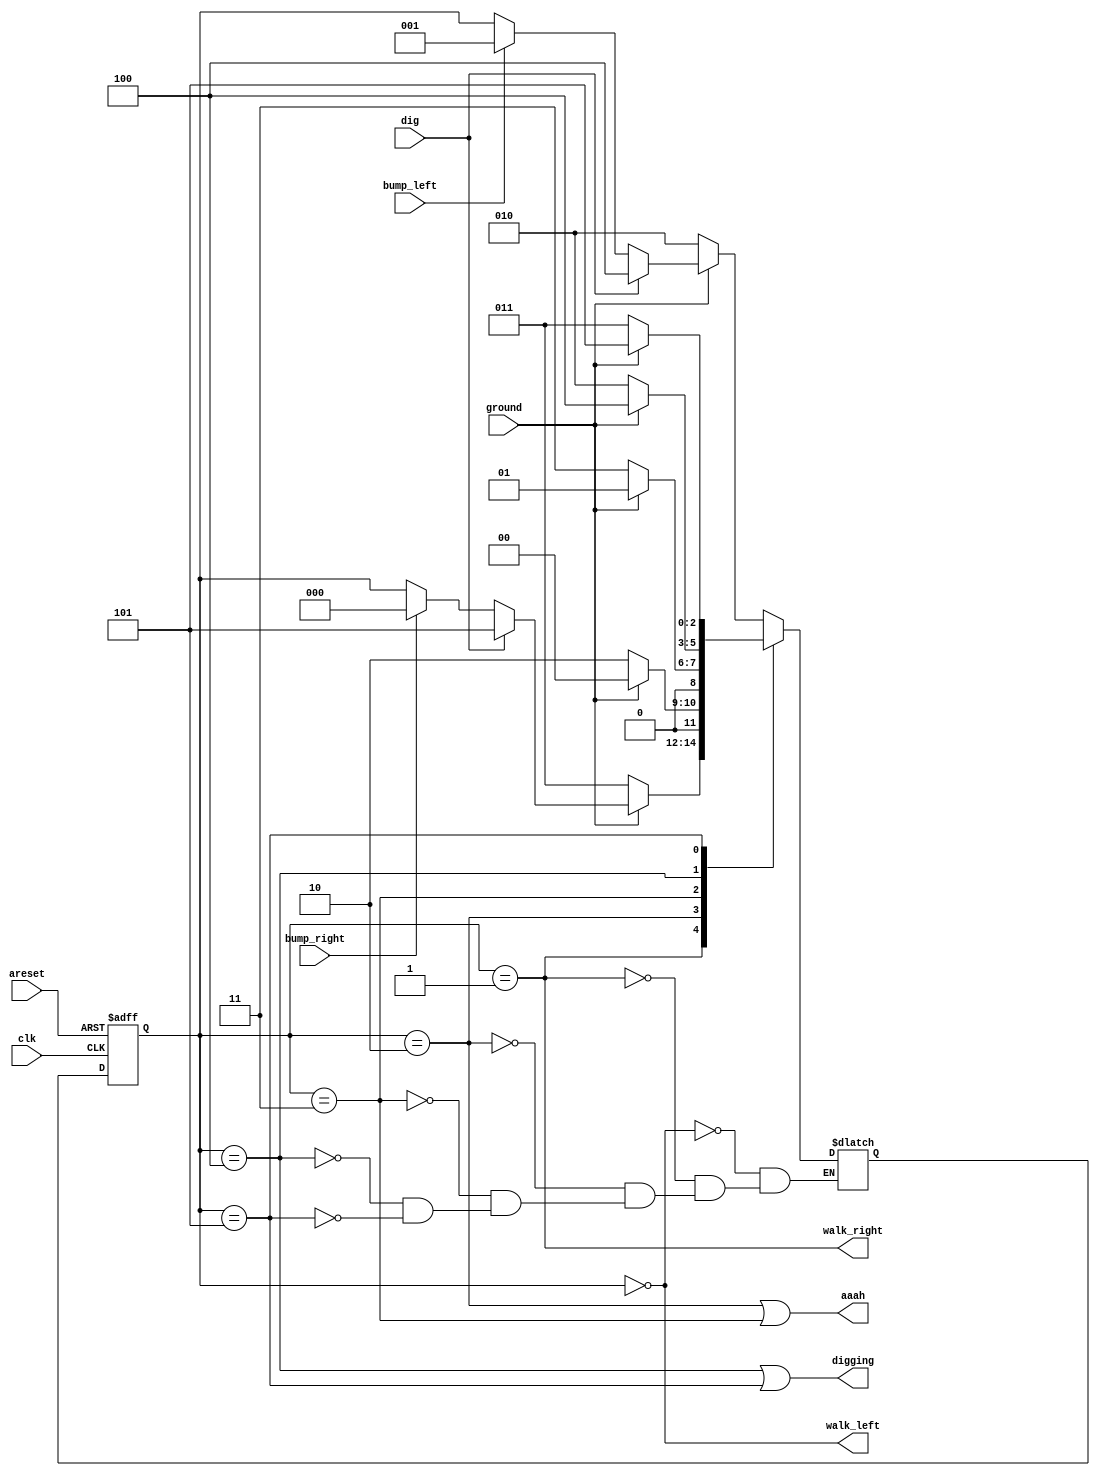
module top_module(
    input clk,
    input areset,    // Freshly brainwashed Lemmings walk left.
    input bump_left,
    input bump_right,
    input ground,
    input dig,
    output walk_left,
    output walk_right,
    output aaah,
    output digging ); 
    
  
  //
  //LF = go left
  //RT = go right
  //LFD= down left
  //RTD= down right
  //LFG= dig left
  //RTG= dig right
  
    parameter LF=0,RT=1,LFD=2,RTD=3,LFG=4,RTG=5;
    reg [2:0] state, next_state;
    
    always @(posedge clk or posedge areset)
        begin
            if(areset)
                state <= LF;
            else
                state <= next_state;
        end
    
  
  //ground=1ground=0
  //bumpdigbump
  //lemmings2ground
    always @(*)
        begin
            case(state)
                LF: begin
                    if(!ground) next_state = LFD;
                    else if(dig) next_state=LFG;
                    else if(bump_left) next_state=RT; 
                    else next_state=state;
                end
                RT:begin
                    if(!ground) next_state = RTD;
                    else if(dig) next_state=RTG;
                    else if(bump_right) next_state=LF;
                    else next_state=state;
                end
                LFD: next_state = ground?LF:LFD;
                RTD: next_state = ground?RT:RTD;
                LFG: next_state = (!ground)?LFD:LFG;
                RTG: next_state = (!ground)?RTD:RTG; 
            endcase
        end
    
    assign walk_left = (state==LF);
    assign walk_right = (state==RT);
    assign aaah = (state==LFD)|(state==RTD);
    assign digging = (state==LFG)|(state==RTG);
      

endmodule